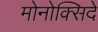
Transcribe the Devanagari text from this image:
मोनोक्सिदे